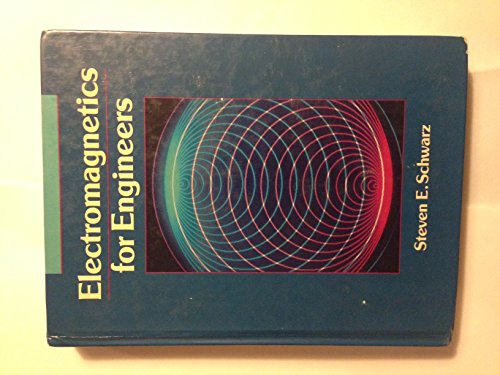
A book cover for Electromagnetics for Engineers (The Oxford Series in Electrical and Computer Engineering); Steven E. Schwarz; Science & Math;